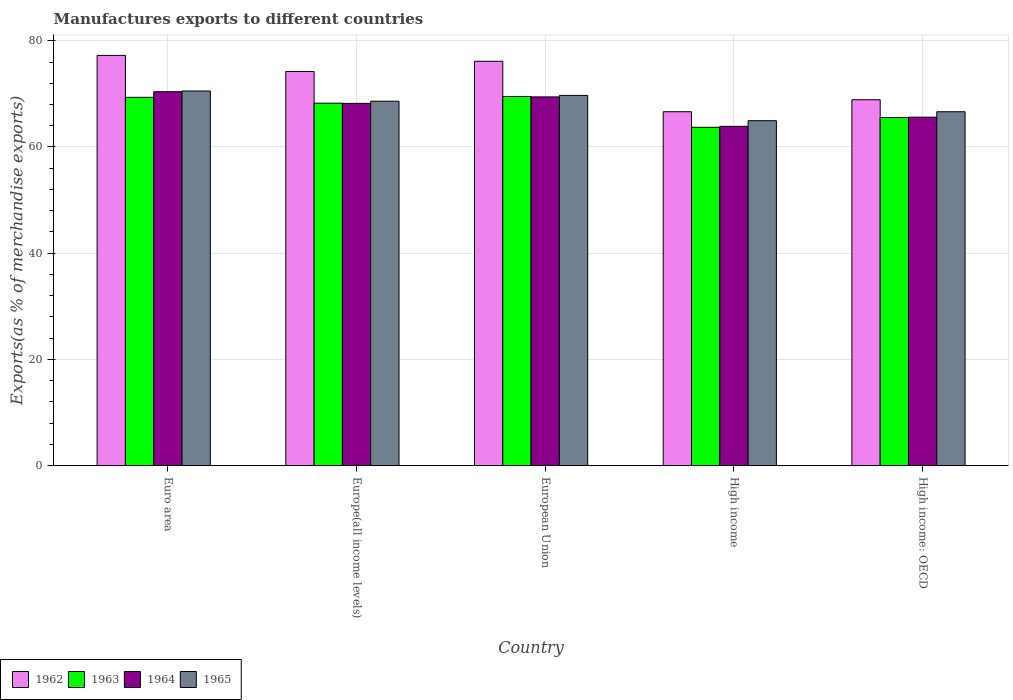
| Country | 1962 | 1963 | 1964 | 1965 |
 | --- | --- | --- | --- | --- |
 | Euro area | 77.2 | 69.3 | 70.4 | 70.5 |
 | Europe(all income levels) | 74.2 | 68.3 | 68.2 | 68.6 |
 | European Union | 76.1 | 69.5 | 69.4 | 69.7 |
 | High income | 66.6 | 63.7 | 63.9 | 65 |
 | High income: OECD | 68.9 | 65.5 | 65.6 | 66.6 |